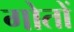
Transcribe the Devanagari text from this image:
गोतों